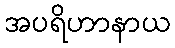
အပရိဟာနာယ